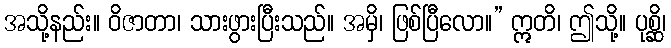
အသို့နည်း။ ဝိဇာတာ၊ သားဖွားပြီးသည်။ အမှိ၊ ဖြစ်ပြီလော။” ဣတိ၊ ဤသို့။ ပုစ္ဆိ၊